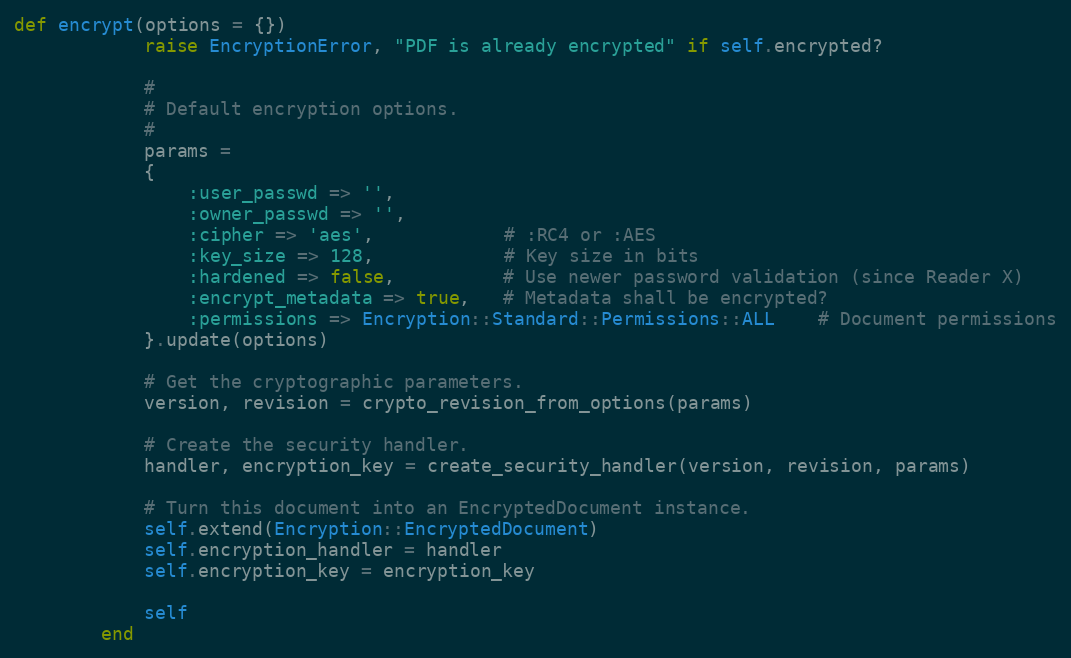
Language: Ruby
def encrypt(options = {})
            raise EncryptionError, "PDF is already encrypted" if self.encrypted?

            #
            # Default encryption options.
            #
            params =
            {
                :user_passwd => '',
                :owner_passwd => '',
                :cipher => 'aes',            # :RC4 or :AES
                :key_size => 128,            # Key size in bits
                :hardened => false,          # Use newer password validation (since Reader X)
                :encrypt_metadata => true,   # Metadata shall be encrypted?
                :permissions => Encryption::Standard::Permissions::ALL    # Document permissions
            }.update(options)

            # Get the cryptographic parameters.
            version, revision = crypto_revision_from_options(params)

            # Create the security handler.
            handler, encryption_key = create_security_handler(version, revision, params)

            # Turn this document into an EncryptedDocument instance.
            self.extend(Encryption::EncryptedDocument)
            self.encryption_handler = handler
            self.encryption_key = encryption_key

            self
        end